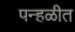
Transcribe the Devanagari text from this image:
पन्हळीत